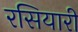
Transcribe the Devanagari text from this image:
रसियारी